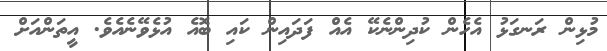
މުޅިން ރަނގަޅު އެހެން ކުދިންނެކޭ އެއް ފަދައިން ކައި ބޮއެ އުޅެވޭނެއެވެ. އީތަންއަށް